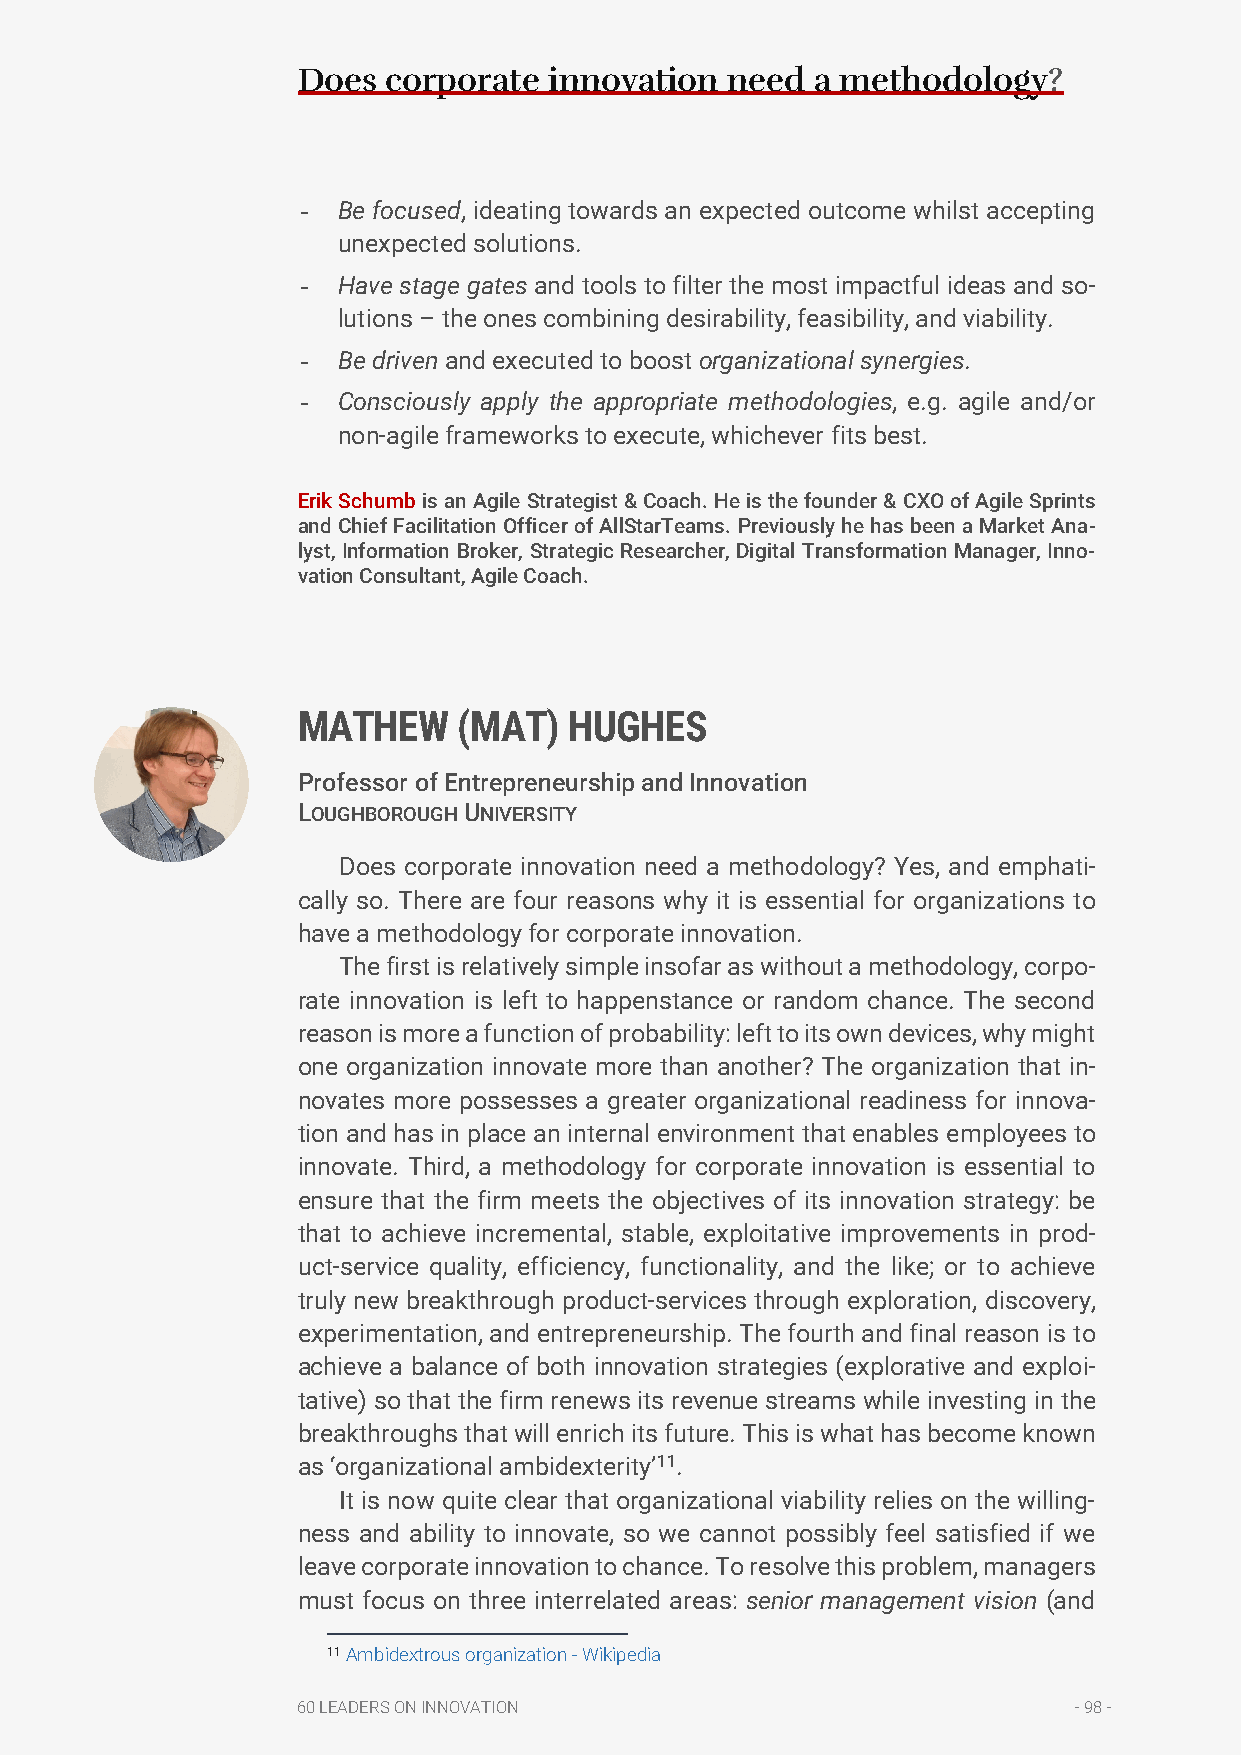
Does  corporate innovation  need  a methodology?
 - Be focused, ideating towards an expected outcome whilst accepting
 unexpected solutions.
 - Have stage gates and tools to filter the most impactful ideas and so-
 lutions – the ones combining desirability, feasibility, and viability.
 - Be driven and executed to boost organizational synergies.
 - Consciously apply the appropriate methodologies, e.g. agile and/or
 non-agile frameworks to execute, whichever fits best.
 Erik Schumb is an Agile Strategist & Coach. He is the founder & CXO of Agile Sprints
 and Chief Facilitation Officer of AllStarTeams. Previously he has been a Market Ana-
 lyst, Information Broker, Strategic Researcher, Digital Transformation Manager, Inno-
 vation Consultant, Agile Coach.
 MATHEW    (MAT)   HUGHES
 Professor of Entrepreneurship and Innovation
 LOUGHBOROUGH UNIVERSITY
 Does corporate innovation need a methodology? Yes, and emphati-
 cally so. There are four reasons why it is essential for organizations to
 have a methodology for corporate innovation.
 The first is relatively simple insofar as without a methodology, corpo-
 rate innovation is left to happenstance or random chance. The second
 reason is more a function of probability: left to its own devices, why might
 one organization innovate more than another? The organization that in-
 novates more possesses a greater organizational readiness for innova-
 tion and has in place an internal environment that enables employees to
 innovate. Third, a methodology for corporate innovation is essential to
 ensure that the firm meets the objectives of its innovation strategy: be
 that to achieve incremental, stable, exploitative improvements in prod-
 uct-service quality, efficiency, functionality, and the like; or to achieve
 truly new breakthrough product-services through exploration, discovery,
 experimentation, and entrepreneurship. The fourth and final reason is to
 achieve a balance of both innovation strategies (explorative and exploi-
 tative) so that the firm renews its revenue streams while investing in the
 breakthroughs that will enrich its future. This is what has become known
 as ‘organizational ambidexterity’11.
 It is now quite clear that organizational viability relies on the willing-
 ness and ability to innovate, so we cannot possibly feel satisfied if we
 leave corporate innovation to chance. To resolve this problem, managers
 must focus on three interrelated areas: senior management vision (and
 11 Ambidextrous organization - Wikipedia
 60 LEADERS ON INNOVATION                           - 98 -